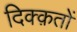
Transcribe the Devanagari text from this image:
दिक्क़तों